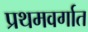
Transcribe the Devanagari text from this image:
प्रथमवर्गात